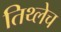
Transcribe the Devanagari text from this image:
तिथ्लेच